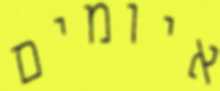
איומים